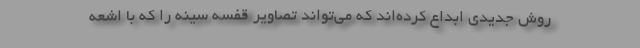
روش جدیدی ابداع کرده‌اند که می‌تواند تصاویر قفسه سینه را که با اشعه